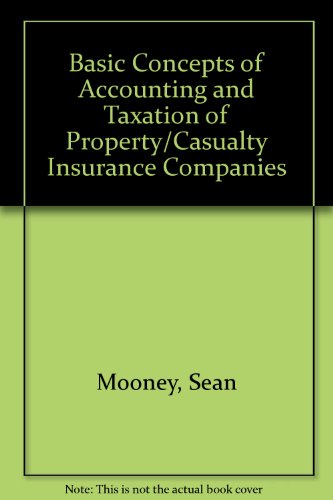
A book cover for Basic Concepts of Accounting and Taxation of Property/Casualty Insurance Companies; Sean Mooney; Business & Money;